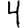
Digit: 4